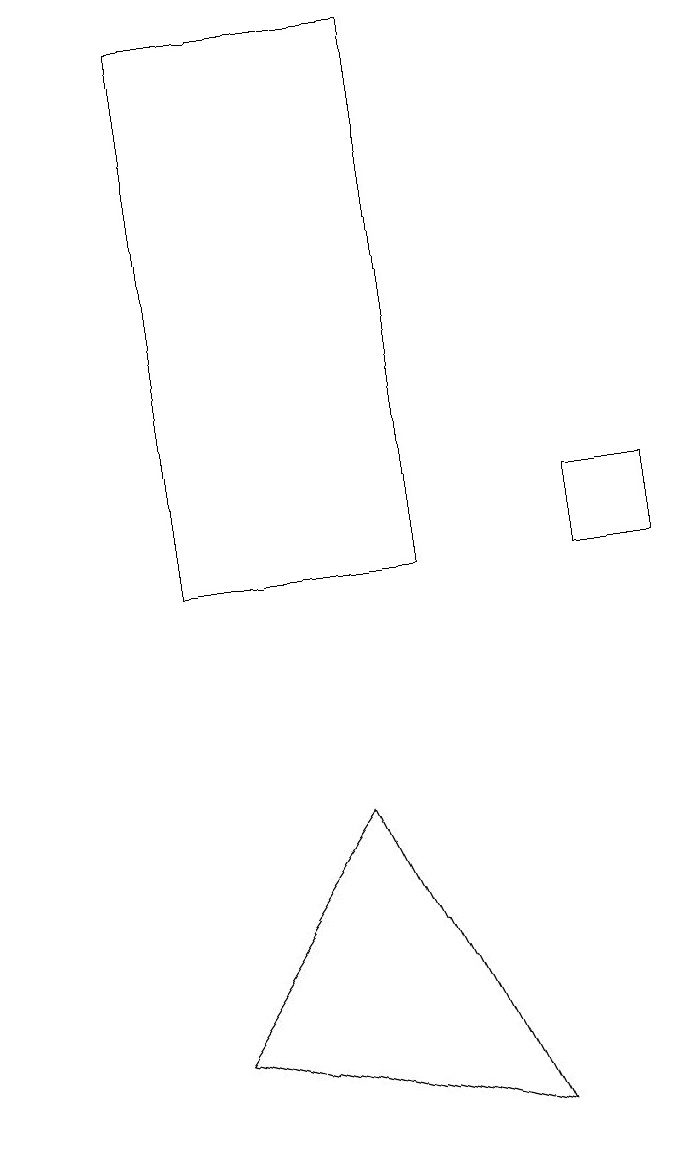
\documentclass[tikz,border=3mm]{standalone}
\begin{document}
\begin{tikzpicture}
\draw (6,18) rectangle (3,11);
\draw (1,16) rectangle (1,16);
\draw (3,5) -- (7,4) -- (5,8) -- cycle;
\draw (8,11) rectangle (9,12);
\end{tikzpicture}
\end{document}